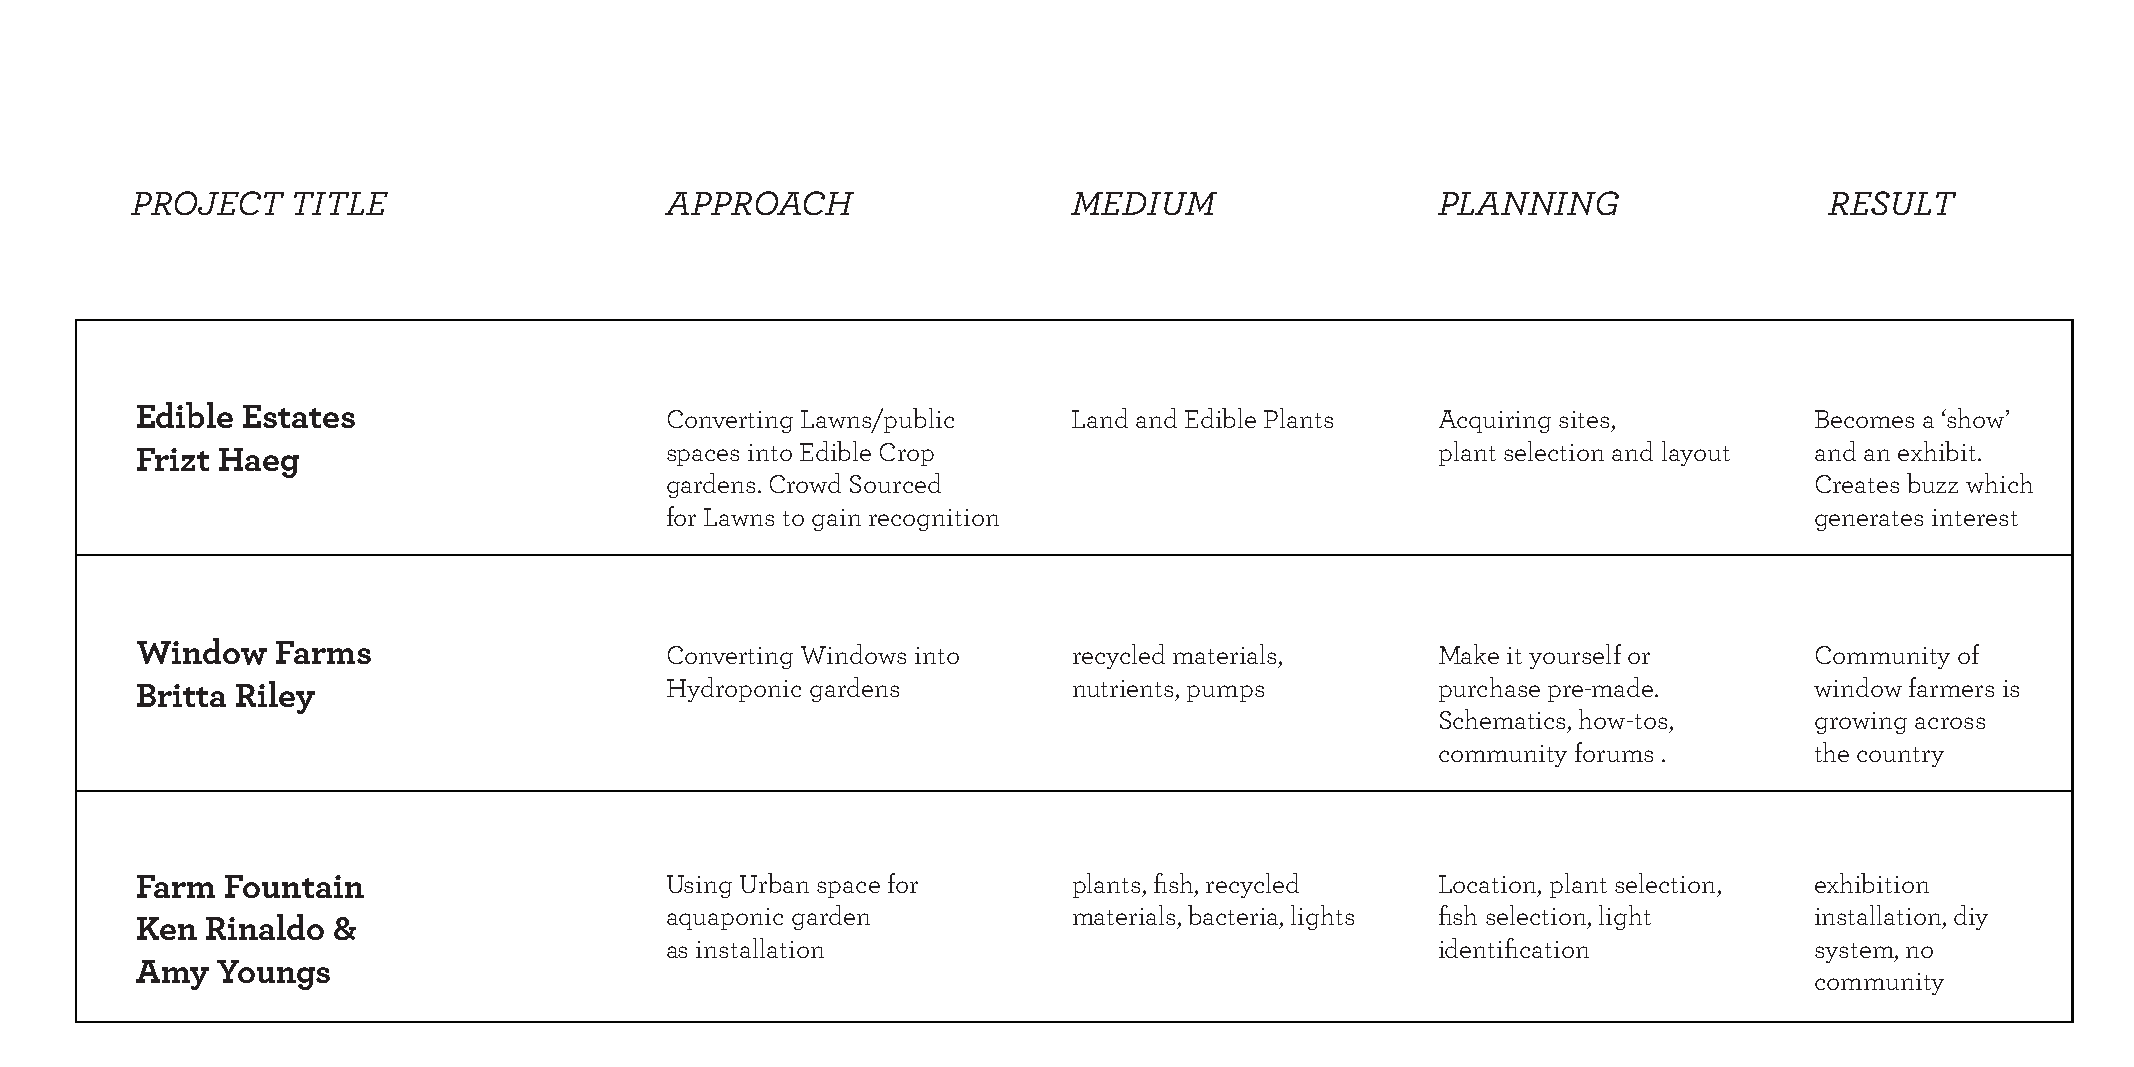
PROJECT   TITLE                    APPROACH                   MEDIUM                  PLANNING                  RESULT
 Edible Estates                     Converting Lawns/public    Land and Edible Plants  Acquiring sites,         Becomes a ‘show’
 Frizt Haeg                         spaces into Edible Crop                            plant selection and layout and an exhibit.
 gardens. Crowd Sourced                                                      Creates buzz which
 for Lawns to gain recognition                                               generates interest
 Window   Farms                     Converting Windows into    recycled materials,     Make it yourself or      Community of
 Britta Riley                       Hydroponic gardens         nutrients, pumps        purchase pre-made.       window farmers is
 Schematics, how-tos,     growing across
 community forums .       the country
 Farm  Fountain                     Using Urban space for      plants, fish, recycled  Location, plant selection, exhibition
 aquaponic garden           materials, bacteria, lights fish selection, light installation, diy
 Ken  Rinaldo &
 as installation                                    identification           system, no
 Amy  Youngs
 community